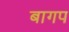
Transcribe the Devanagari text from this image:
बागप